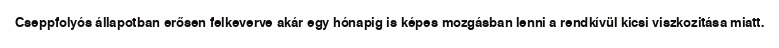
Cseppfolyós állapotban erősen felkeverve akár egy hónapig is képes mozgásban lenni a rendkívül kicsi viszkozitása miatt.